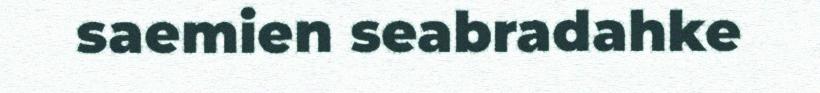
saemien seabradahke